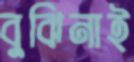
বুঝিনাই